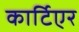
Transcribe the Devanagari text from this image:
कार्टिएर